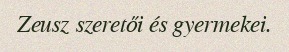
Zeusz szeretői és gyermekei.